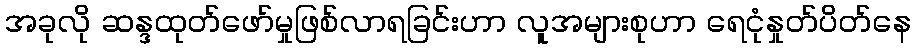
အခုလို ဆန္ဒထုတ်ဖော်မှုဖြစ်လာရခြင်းဟာ လူအများစုဟာ ရေငုံနှုတ်ပိတ်နေ